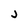
Character: j